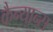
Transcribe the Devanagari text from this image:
कैन्यान्स